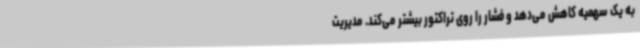
به یک سهمیه کاهش می‌دهد و فشار را روی تراکتور بیشتر می‌کند. مدیریت